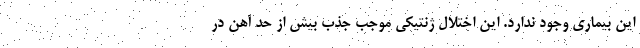
این بیماری وجود ندارد. این اختلال ژنتیکی موجب جذب بیش از حد آهن در